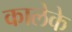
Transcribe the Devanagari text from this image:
कालेके